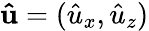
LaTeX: \boldsymbol{\mathbf{\hat{u}}}=(\hat{u}_{x},\hat{u}_{z})